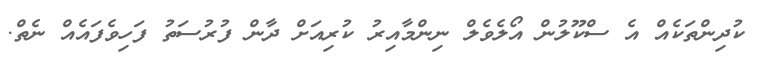
ކުދިންތަކެއް އެ ސްކޫލުން އޯލެވެލް ނިންމާއިރު ކުރިއަށް ދާން ފުރުސަތު ފަހިވެފައެއް ނެތް.